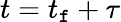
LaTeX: t=t_{\mathtt{f}}+\tau